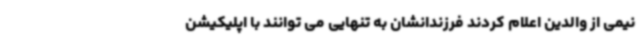
نیمی از والدین اعلام کردند فرزندانشان به تنهایی می توانند با اپلیکیشن